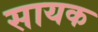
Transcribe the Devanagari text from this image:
सायक